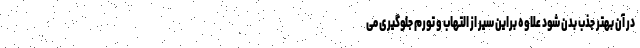
در آن بهتر جذب بدن شود علاوه براین سیر از التهاب و تورم جلوگیری می